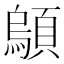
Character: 𫖤